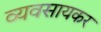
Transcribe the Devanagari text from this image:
व्यवसायकर